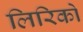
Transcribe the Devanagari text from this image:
लिरिको